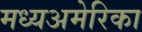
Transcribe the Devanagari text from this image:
मध्यअमेरिका